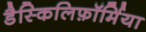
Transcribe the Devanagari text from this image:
डैस्किलिफ़ॉर्मिया